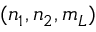
( n _ { 1 } , n _ { 2 } , m _ { L } )